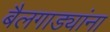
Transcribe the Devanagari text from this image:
बैलगाड्यांना